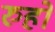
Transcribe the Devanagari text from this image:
रुहो